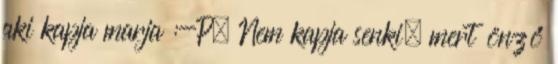
aki kapja marja :-P. Nem kapja senki, mert önző